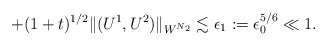
\begin{align*} +(1+t)^{1/2}\| (U^1, U^2)\|_{W^{N_2}} \lesssim \epsilon_1:=\epsilon_0^{5/6}\ll 1. \end{align*}